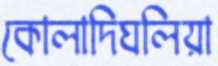
কোলাদিঘলিয়া